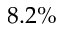
8 . 2 \%